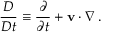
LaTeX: { \frac { D } { D t } } \equiv { \frac { \partial } { \partial t } } + \mathbf { v } \cdot { \boldsymbol { \nabla } } \, .